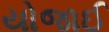
યોજાઈ